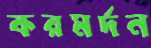
করমর্দন